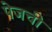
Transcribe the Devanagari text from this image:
पेजची